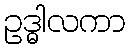
ဥဒ္ဓါလကာ